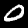
Digit: 0